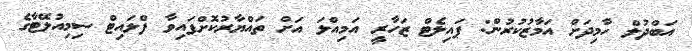
އަބްދުލް ހާމިދަށް އަމާޒުކުރުން: ޕައިލެޓް ޒަހާރީ އަމިއްލަ އަށް ތައްޔާރުކޮށްފައިވާ ފްލައިޓް ސިމިއުލޭޓާގެ